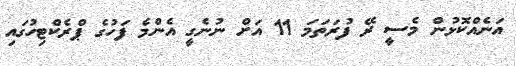
އަނެއްކޮޅުން މެސީ ރޭ ފުރަތަމަ 11 އަށް ނުނެގީ އެންމެ ފަހުގެ ޕްރެކްޓިހުގައި